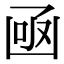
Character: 凾